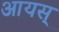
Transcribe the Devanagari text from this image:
आयस्